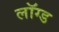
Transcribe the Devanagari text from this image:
लॉग्ड